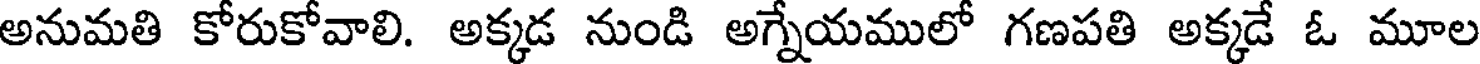
అనుమతి కోరుకోవాలి. అక్కడ నుండి అగ్నేయములో గణపతి అక్కడే ఓ మూల